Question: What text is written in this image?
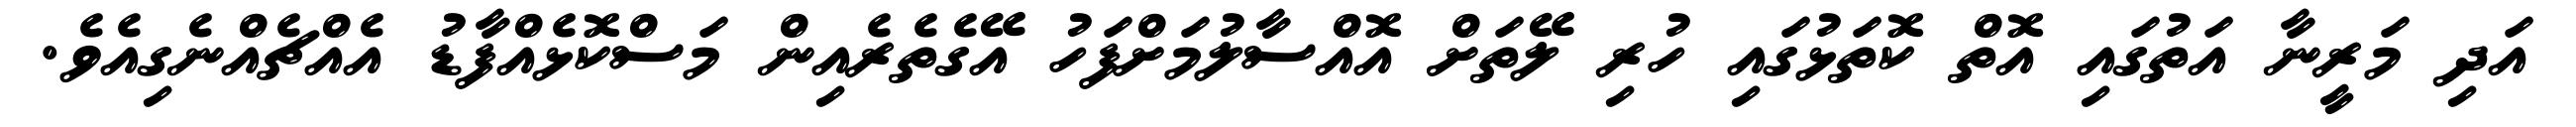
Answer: އަދި މަރީނާ އަތުގައި އޮތް ކޮތަޅުގައި ހުރި ލޭތަށް އޮއްސާލުމަށްފަހު އޭގެތެރެއިން މަސްކޮޅެއްފާޑު އެއްޗެއްނެގިއެވެ.